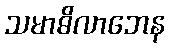
သမာဓိလာဘေန